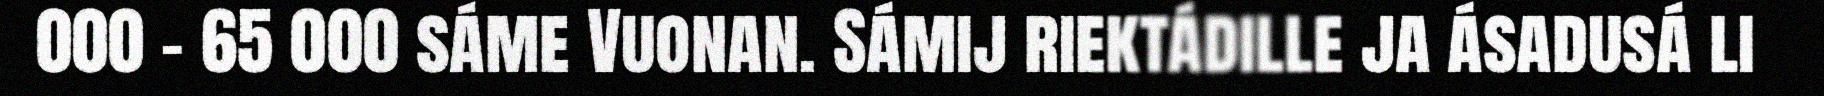
000 – 65 000 sáme Vuonan. Sámij riektádille ja ásadusá li